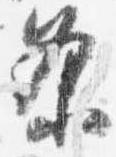
条